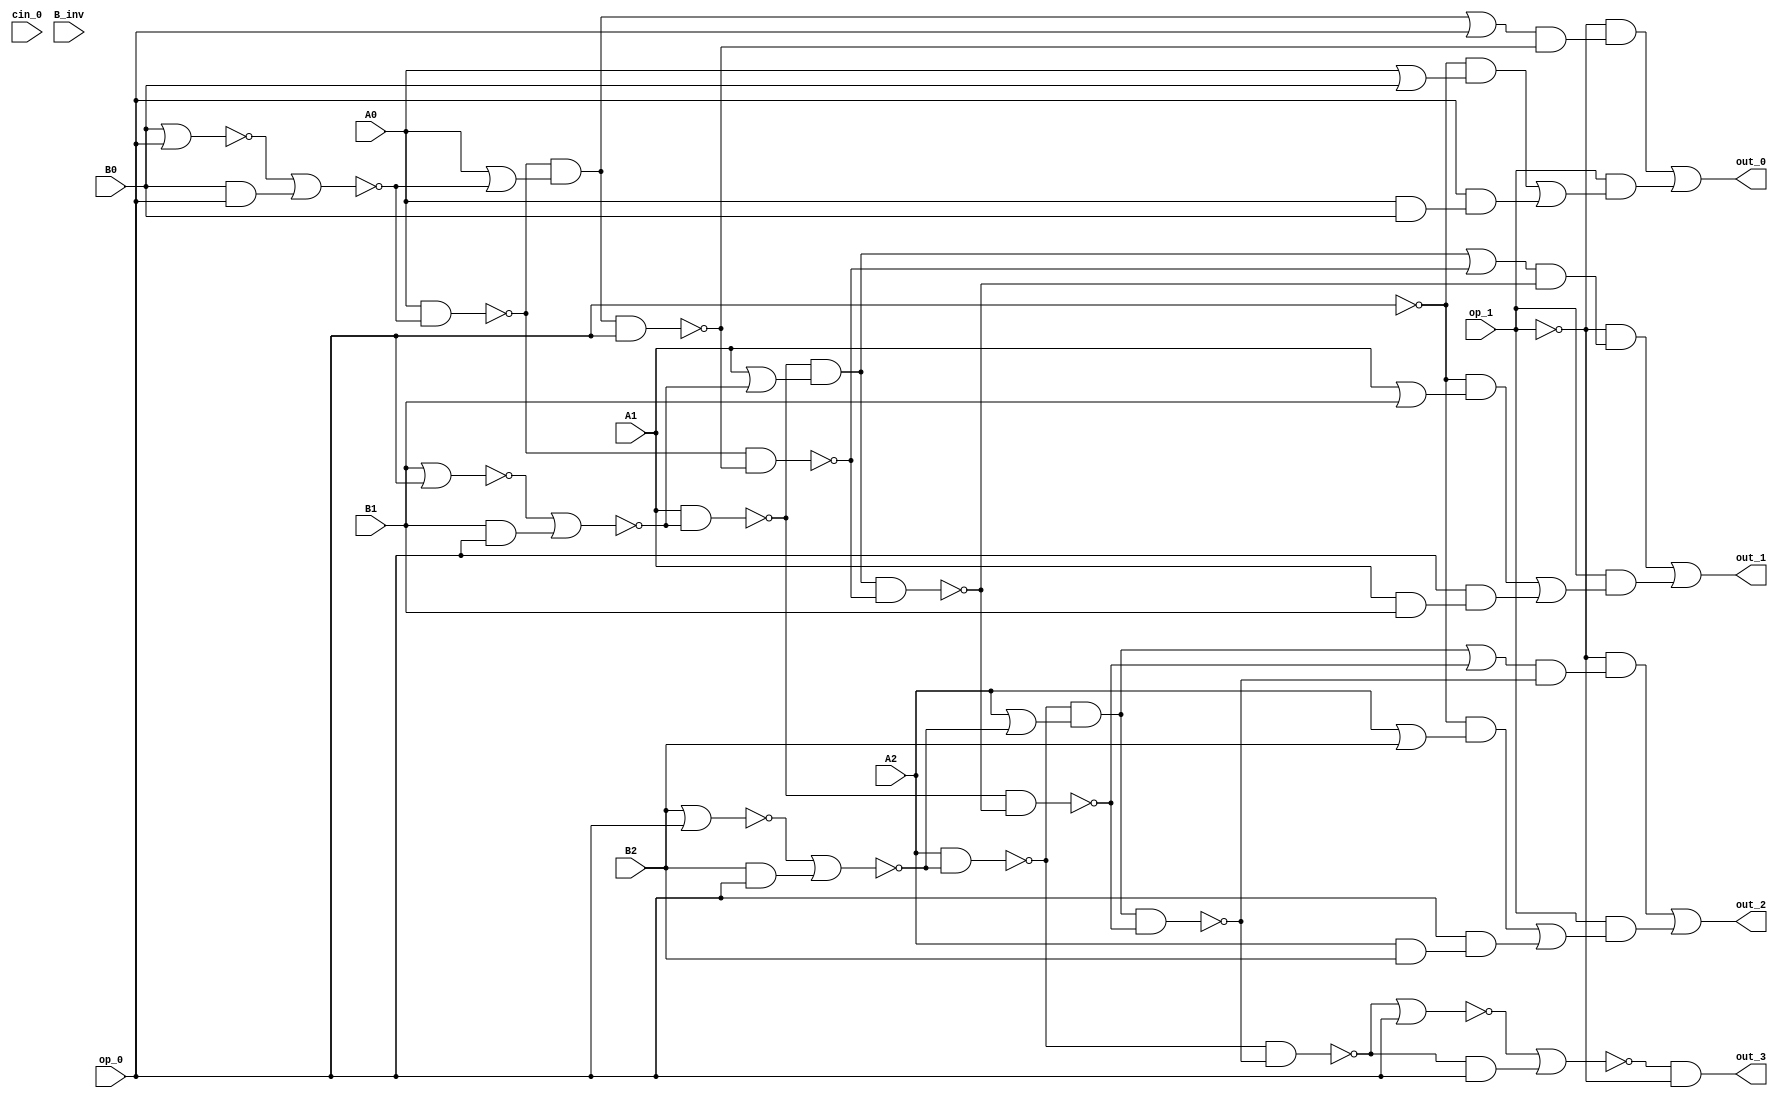
module ALU(out_0,out_1,out_2,out_3,A0,B0,A1,B1,A2,B2,op_1,op_0,cin_0,B_inv);
output out_0,out_1,out_2,out_3;
input A0,B0,A1,B1,A2,B2,op_1,op_0,cin_0,B_inv;
wire cout_0,cout_1,cout_2,sout_0,sout_1,sout_2;
wire x01,x02,xor0,f01,f02,f03,f04,f05,d00,d01,m011,m012,m013,mux0,m021,m022,m023;
wire x11,x12,xor1,f11,f12,f13,f14,f15,d10,d11,m111,m112,m113,mux1,m121,m122,m123;
wire x21,x22,xor2,f21,f22,f23,f24,f25,d20,d21,m211,m212,m213,mux2,m221,m222,m223;
wire x31,x32,xor3,X;

//1st alu

//xor 
nor(x01,B0,op_0);
and(x02,B0,op_0);
nor(xor0,x01,x02);

//full adder 
nand(f01,A0,xor0);
or(f02,A0,xor0);
and(f03,f01,f02);
or(f04,f03,op_0);
nand(f05,f03,op_0);
and(sout_0,f04,f05);
nand(cout_0,f01,f05);

//mux 1
or(d00,A0,B0);
and(d01,A0,B0);

not(m011,op_0);
and(m012,m011,d00);
and(m013,op_0,d01);
or(mux0,m012,m013);

//mux2
not(m021,op_1);
and(m022,m021,sout_0);
and(m023,op_1,mux0);
or(out_0,m022,m023);

//2nd alu

//xor 
nor(x11,B1,op_0);
and(x12,B1,op_0);
nor(xor1,x11,x12);

//full adder 
nand(f11,A1,xor1);
or(f12,A1,xor1);
and(f13,f11,f12);
or(f14,f13,cout_0);
nand(f15,f13,cout_0);
and(sout_1,f14,f15);
nand(cout_1,f11,f15);

//mux1
or(d10,A1,B1);
and(d11,A1,B1);

not(m111,op_0);
and(m112,m111,d10);
and(m113,op_0,d11);
or(mux1,m112,m113);

//mux2
not(m121,op_1);
and(m122,m121,sout_1);
and(m123,op_1,mux1);
or(out_1,m122,m123);


//3rd alu

//xor 
nor(x21,B2,op_0);
and(x22,B2,op_0);
nor(xor2,x21,x22);

//full adder 
nand(f21,A2,xor2);
or(f22,A2,xor2);
and(f23,f21,f22);
or(f24,f23,cout_1);
nand(f25,f23,cout_1);
and(sout_2,f24,f25);
nand(cout_2,f21,f25);

//mux1
or(d20,A2,B2);
and(d21,A2,B2);

not(m211,op_0);
and(m212,m211,d20);
and(m213,op_0,d21);
or(mux2,m212,m213);

//mux2
not(m221,op_1);
and(m222,m221,sout_2);
and(m223,op_1,mux2);
or(out_2,m222,m223);

//make out_3

//xor 
nor(x31,cout_2,op_0);
and(x32,cout_2,op_0);
nor(xor3,x31,x32);

not(X,op_1);
and(out_3,xor3,X);

endmodule